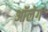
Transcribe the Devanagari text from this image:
आॅलेग